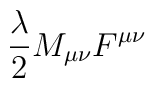
{\lambda \over 2} M_{\mu\nu}F^{\mu\nu}